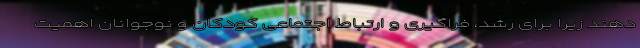
دهند زیرا برای رشد، فراگیری و ارتباط اجتماعی کودکان و نوجوانان اهمیت